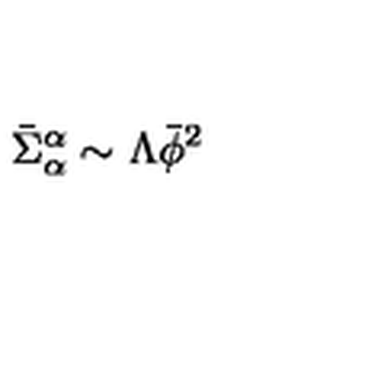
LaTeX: \bar { \Sigma } _ { \alpha } ^ { \alpha } \sim \Lambda \bar { \phi } ^ { 2 }